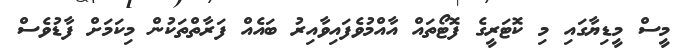
މީސް މީޑިޔާގައި މި ކޮޓަރީގެ ފޮޓޯތައް އާއްމުވެފައިވާއިރު ބައެއް ފަރާތްތަކުން މިކަމަށް ފާޑުވެސް